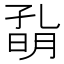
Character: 𡦀